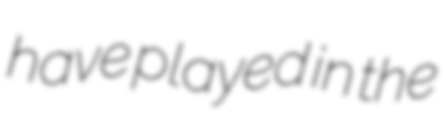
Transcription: have played in the